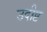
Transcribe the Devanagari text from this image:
उदीष्ट